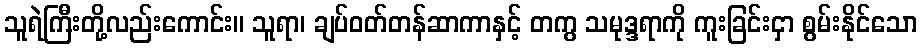
သူရဲကြီးတို့လည်းကောင်း။ သူရာ၊ ချပ်ဝတ်တန်ဆာကာနှင့် တကွ သမုဒ္ဒရာကို ကူးခြင်းငှာ စွမ်းနိုင်သော